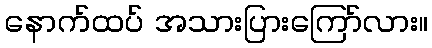
နောက်ထပ် အသားပြားကြော်လား။